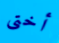
أختى